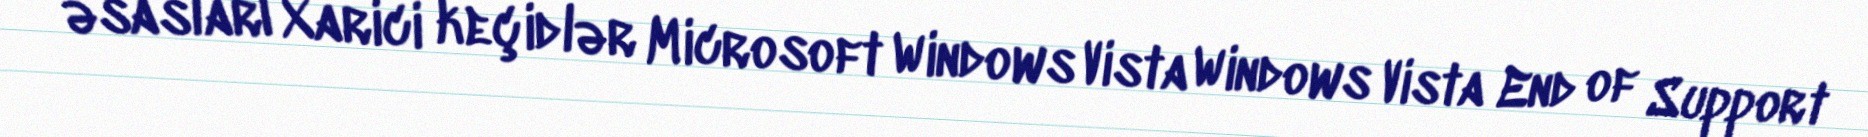
əsasları Xarici keçidlər Microsoft Windows Vista Windows Vista End of Support